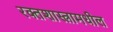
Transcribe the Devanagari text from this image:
रक्तशास्त्रामधील